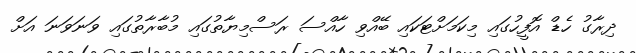
ދިރާގު ހެޑް އޮފީހުގައި މިކަމަށްޓަކައި ބޭއްވި ހާއްސަ ރަސްމިޔާތުގައި މުބާރާތުގައި ވަނަވަނަ އަށް